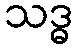
သဒ္ဓ